Annual report on the Civil Veterinary Department, Burma (including the Insein Veterinary School) - 1910-1922
Year: 1910
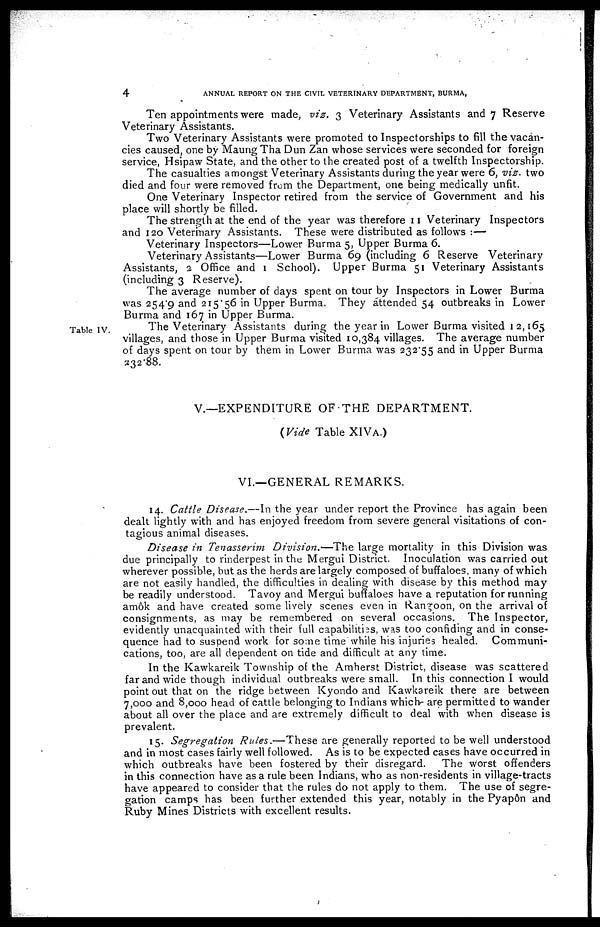
4
ANNUAL REPORT ON THE CIVIL VETERINARY DEPARTMENT, BURMA,
Ten appointments were made, viz. 3 Veterinary Assistants and 7 Reserve
Veterinary Assistants.
Two Veterinary Assistants were promoted to Inspectorships to fill the vacan-
cies caused, one by Maung Tha Dun Zan whose services were seconded for foreign
service, Hsipaw State, and the other to the created post of a twelfth Inspectorship.
The casualties amongst Veterinary Assistants during the year were 6, viz. two
died and four were removed from the Department, one being medically unfit.
One Veterinary Inspector retired from the service of Government and his
place will shortly be filled.
The strength at the end of the year was therefore 11 Veterinary Inspectors
and 120 Veterinary Assistants. These were distributed as follows :—
Veterinary Inspectors—Lower Burma 5, Upper Burma 6.
Veterinary Assistants—Lower Burma 69 (including 6 Reserve Veterinary
Assistants, 2 Office and 1 School). Upper Burma 51 Veterinary Assistants
(including 3 Reserve).
The average number of days spent on tour by Inspectors in Lower Burma
was 254.9 and 215.56 in Upper Burma. They attended 54 outbreaks in Lower
Burma and 167 in Upper Burma.
Table IV.
The Veterinary Assistants during the year in Lower Burma visited 1 2,165
villages, and those in Upper Burma visited 10,384 villages. The average number
of days spent on tour by them in Lower Burma was 232.55 and in Upper Burma
332.88.
V.—EXPENDITURE OF THE DEPARTMENT.
(Vide Table XIVA.)
VI.—GENERAL REMARKS.
14. Cattle Disease.—In the year under report the Province has again been
dealt lightly with and has enjoyed freedom from severe general visitations of con-
tagious animal diseases.
Disease in Tenasserim Division.—The
large mortality in this Division was
due principally to rinderpest in the Mergui District. Inoculation was carried out
wherever possible, but as the herds are largely composed of buffaloes, many of which
are not easily handled, the difficulties in dealing with disease by this method may
be readily understood. Tavoy and Mergui buffaloes have a reputation for running
amok and have created some lively scenes even in Rangoon, on the arrival of
consignments, as may be remembered on several occasions. The Inspector,
evidently unacquainted with their full capabilities, was too confiding and in conse-
quence had to suspend work for some time while his injuries healed. Communi-
cations, too, are all dependent on tide and difficult at any time.
In the Kawkareik Township of the Amherst District, disease was scattered
far and wide though individual outbreaks were small. In this connection I would
point out that on the ridge between Kyondo and Kawkareik there are between
7,000 and 8,000 head of cattle belonging to Indians which- are permitted to wander
about all over the place and are extremely difficult to deal with when disease is
prevalent.
15. Segregation Rules.—These
are generally reported to be well understood
and in most cases fairly well followed. As is to be expected cases have occurred in
which outbreaks have been fostered by their disregard.
The worst offenders
in this connection have as a rule been Indians, who as non-residents in village-tracts
have appeared to consider that the rules do not apply to them. The use of segre-
gation camps has been further extended this year, notably in the Pyapôn and
Ruby Mines Districts with excellent results.